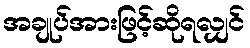
အချုပ်အားဖြင့်ဆိုရလျှင်